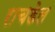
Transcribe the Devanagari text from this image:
राचडेल